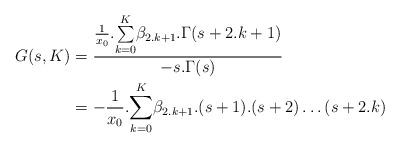
LaTeX: \begin{align*}G(s,K)&=\frac{\frac{1}{x_0}.\underset{k=0}{\overset{K}{\sum }}\beta _{2.k+1}.\Gamma (s+2.k+1)}{-s.\Gamma (s)}\\&=-\frac{1}{x_0}.\underset{k=0}{\overset{K}{\sum }}\beta _{2.k+1}.(s+1).(s+2)\ldots (s+2.k) \end{align*}